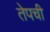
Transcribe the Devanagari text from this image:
तेपची